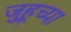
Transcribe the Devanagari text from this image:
जुहूच्या